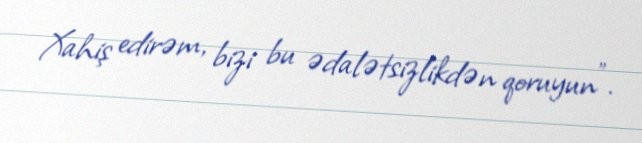
Xahiş edirəm, bizi bu ədalətsizlikdən qoruyun".